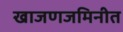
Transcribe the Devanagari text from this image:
खाजणजमिनीत